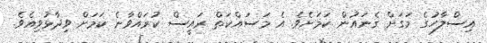
އިސްލާހުގެ މަގަށް ގެނައުން ކަމަށެވެ. އެ މަސައްކަތް ރައީސް ކުރައްވާނެ ކަމަށް ވިދާޅުވިއެވެ.